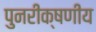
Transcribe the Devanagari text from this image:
पुनरीक्षणीय